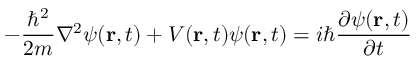
- { \frac { \hbar ^ { 2 } } { 2 m } } \nabla ^ { 2 } \psi ( \mathbf { r } , t ) + V ( \mathbf { r } , t ) \psi ( \mathbf { r } , t ) = i \hbar { \frac { \partial \psi ( \mathbf { r } , t ) } { \partial t } }